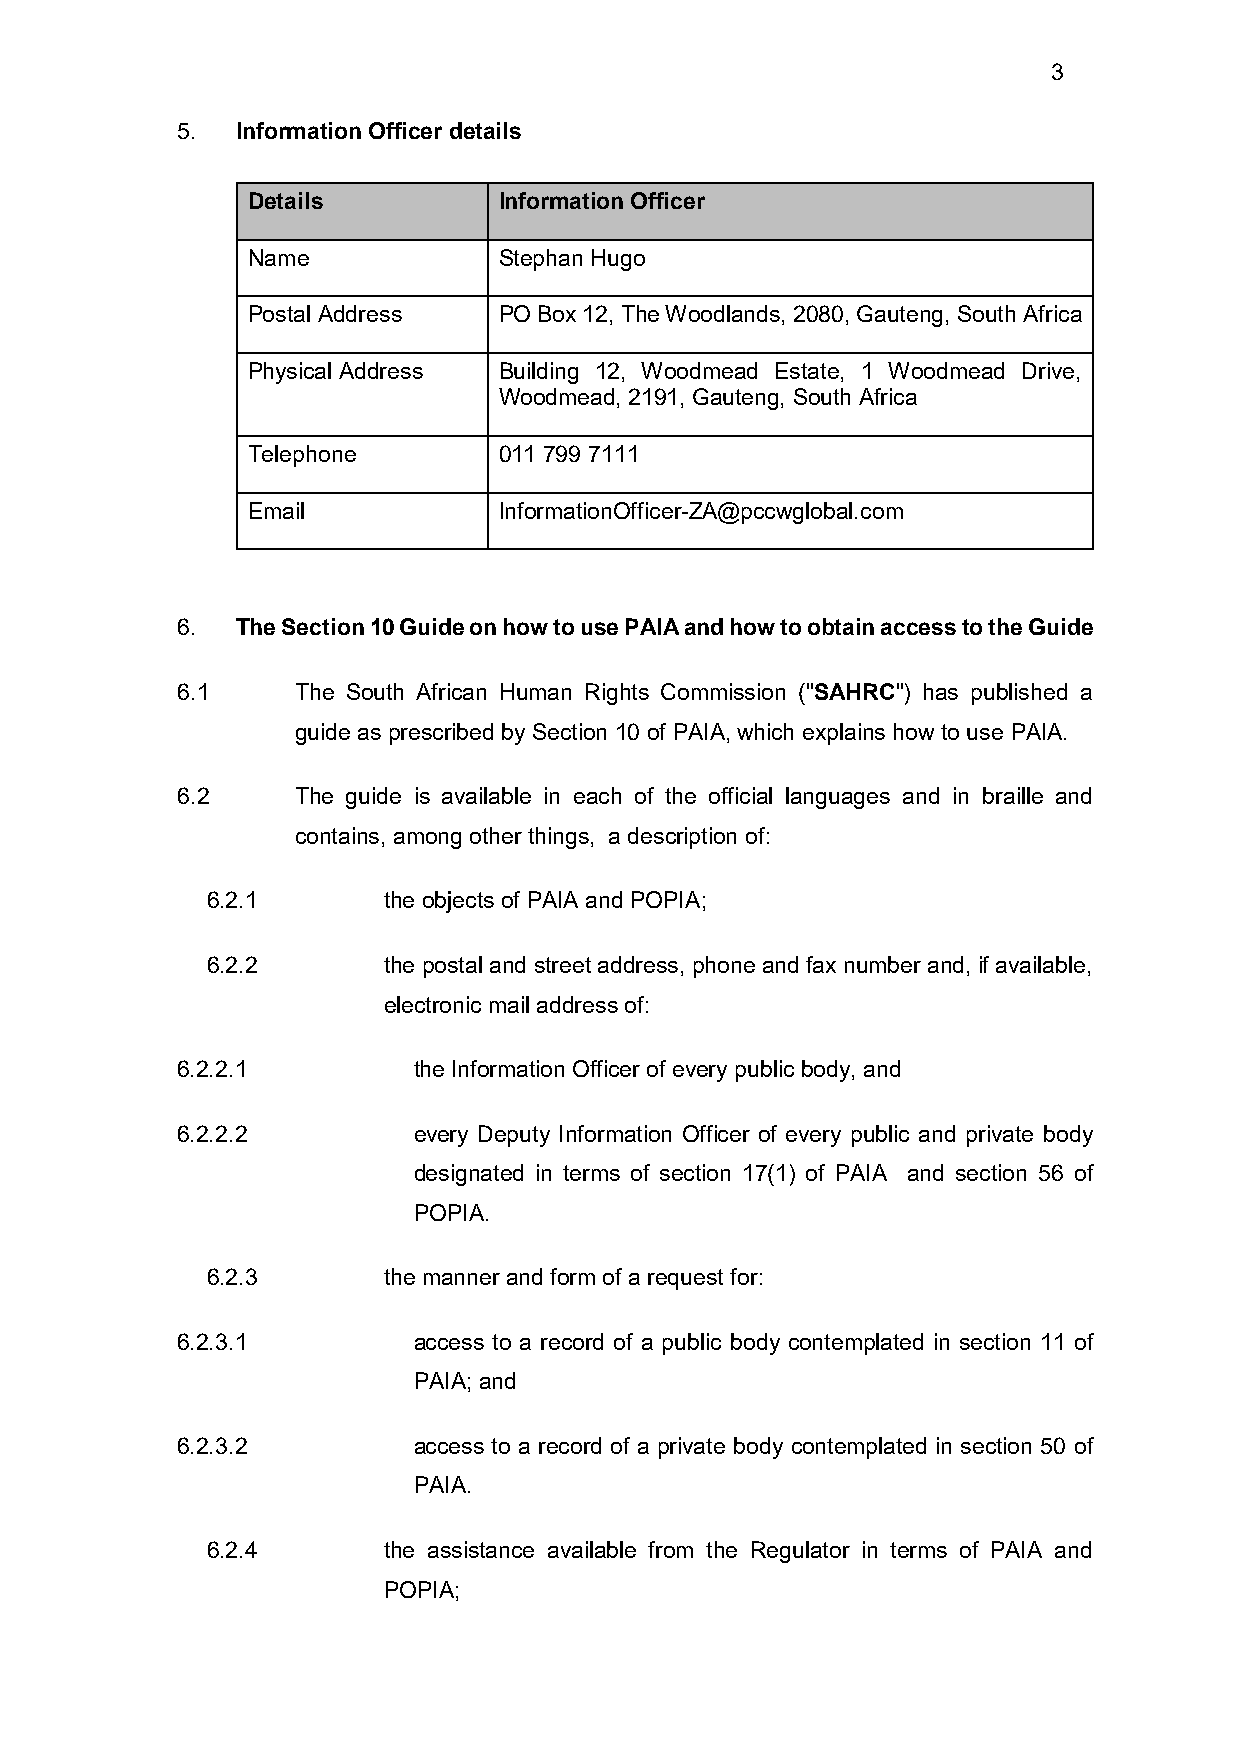
3
 5.  Information Officer details
 Details          Information Officer
 Name             Stephan Hugo
 Postal Address   PO Box 12, The Woodlands, 2080, Gauteng, South Africa
 Physical Address Building 12, Woodmead Estate, 1 Woodmead Drive,
 Woodmead, 2191, Gauteng, South Africa
 Telephone        011 799 7111
 Email            InformationOfficer-ZA@pccwglobal.com
 6.  The Section 10 Guide on how to use PAIA and how to obtain access to the Guide
 6.1     The South African Human Rights Commission ("SAHRC") has published a
 guide as prescribed by Section 10 of PAIA, which explains how to use PAIA.
 6.2     The guide is available in each of the official languages and in braille and
 contains, among other things, a description of:
 6.2.1      the objects of PAIA and POPIA;
 6.2.2      the postal and street address, phone and fax number and, if available,
 electronic mail address of:
 6.2.2.1        the Information Officer of every public body, and
 6.2.2.2        every Deputy Information Officer of every public and private body
 designated in terms of section 17(1) of PAIA and section 56 of
 POPIA.
 6.2.3      the manner and form of a request for:
 6.2.3.1        access to a record of a public body contemplated in section 11 of
 PAIA; and
 6.2.3.2        access to a record of a private body contemplated in section 50 of
 PAIA.
 6.2.4      the assistance available from the Regulator in terms of PAIA and
 POPIA;